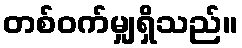
တစ်ဝက်မျှရှိသည်။